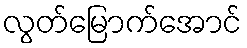
လွတ်မြောက်အောင်